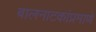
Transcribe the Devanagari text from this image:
बालनाटकांप्रमाणे